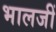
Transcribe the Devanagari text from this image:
भालजीं